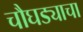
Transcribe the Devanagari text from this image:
चौघड्याचा